Bréfritari: Einar Ásmundsson
Viðtakandi: Jón Borgfirðings Jónsson
Dagsetning: A-1865-01-05
Skrifað á: Nesi  S-Þing.

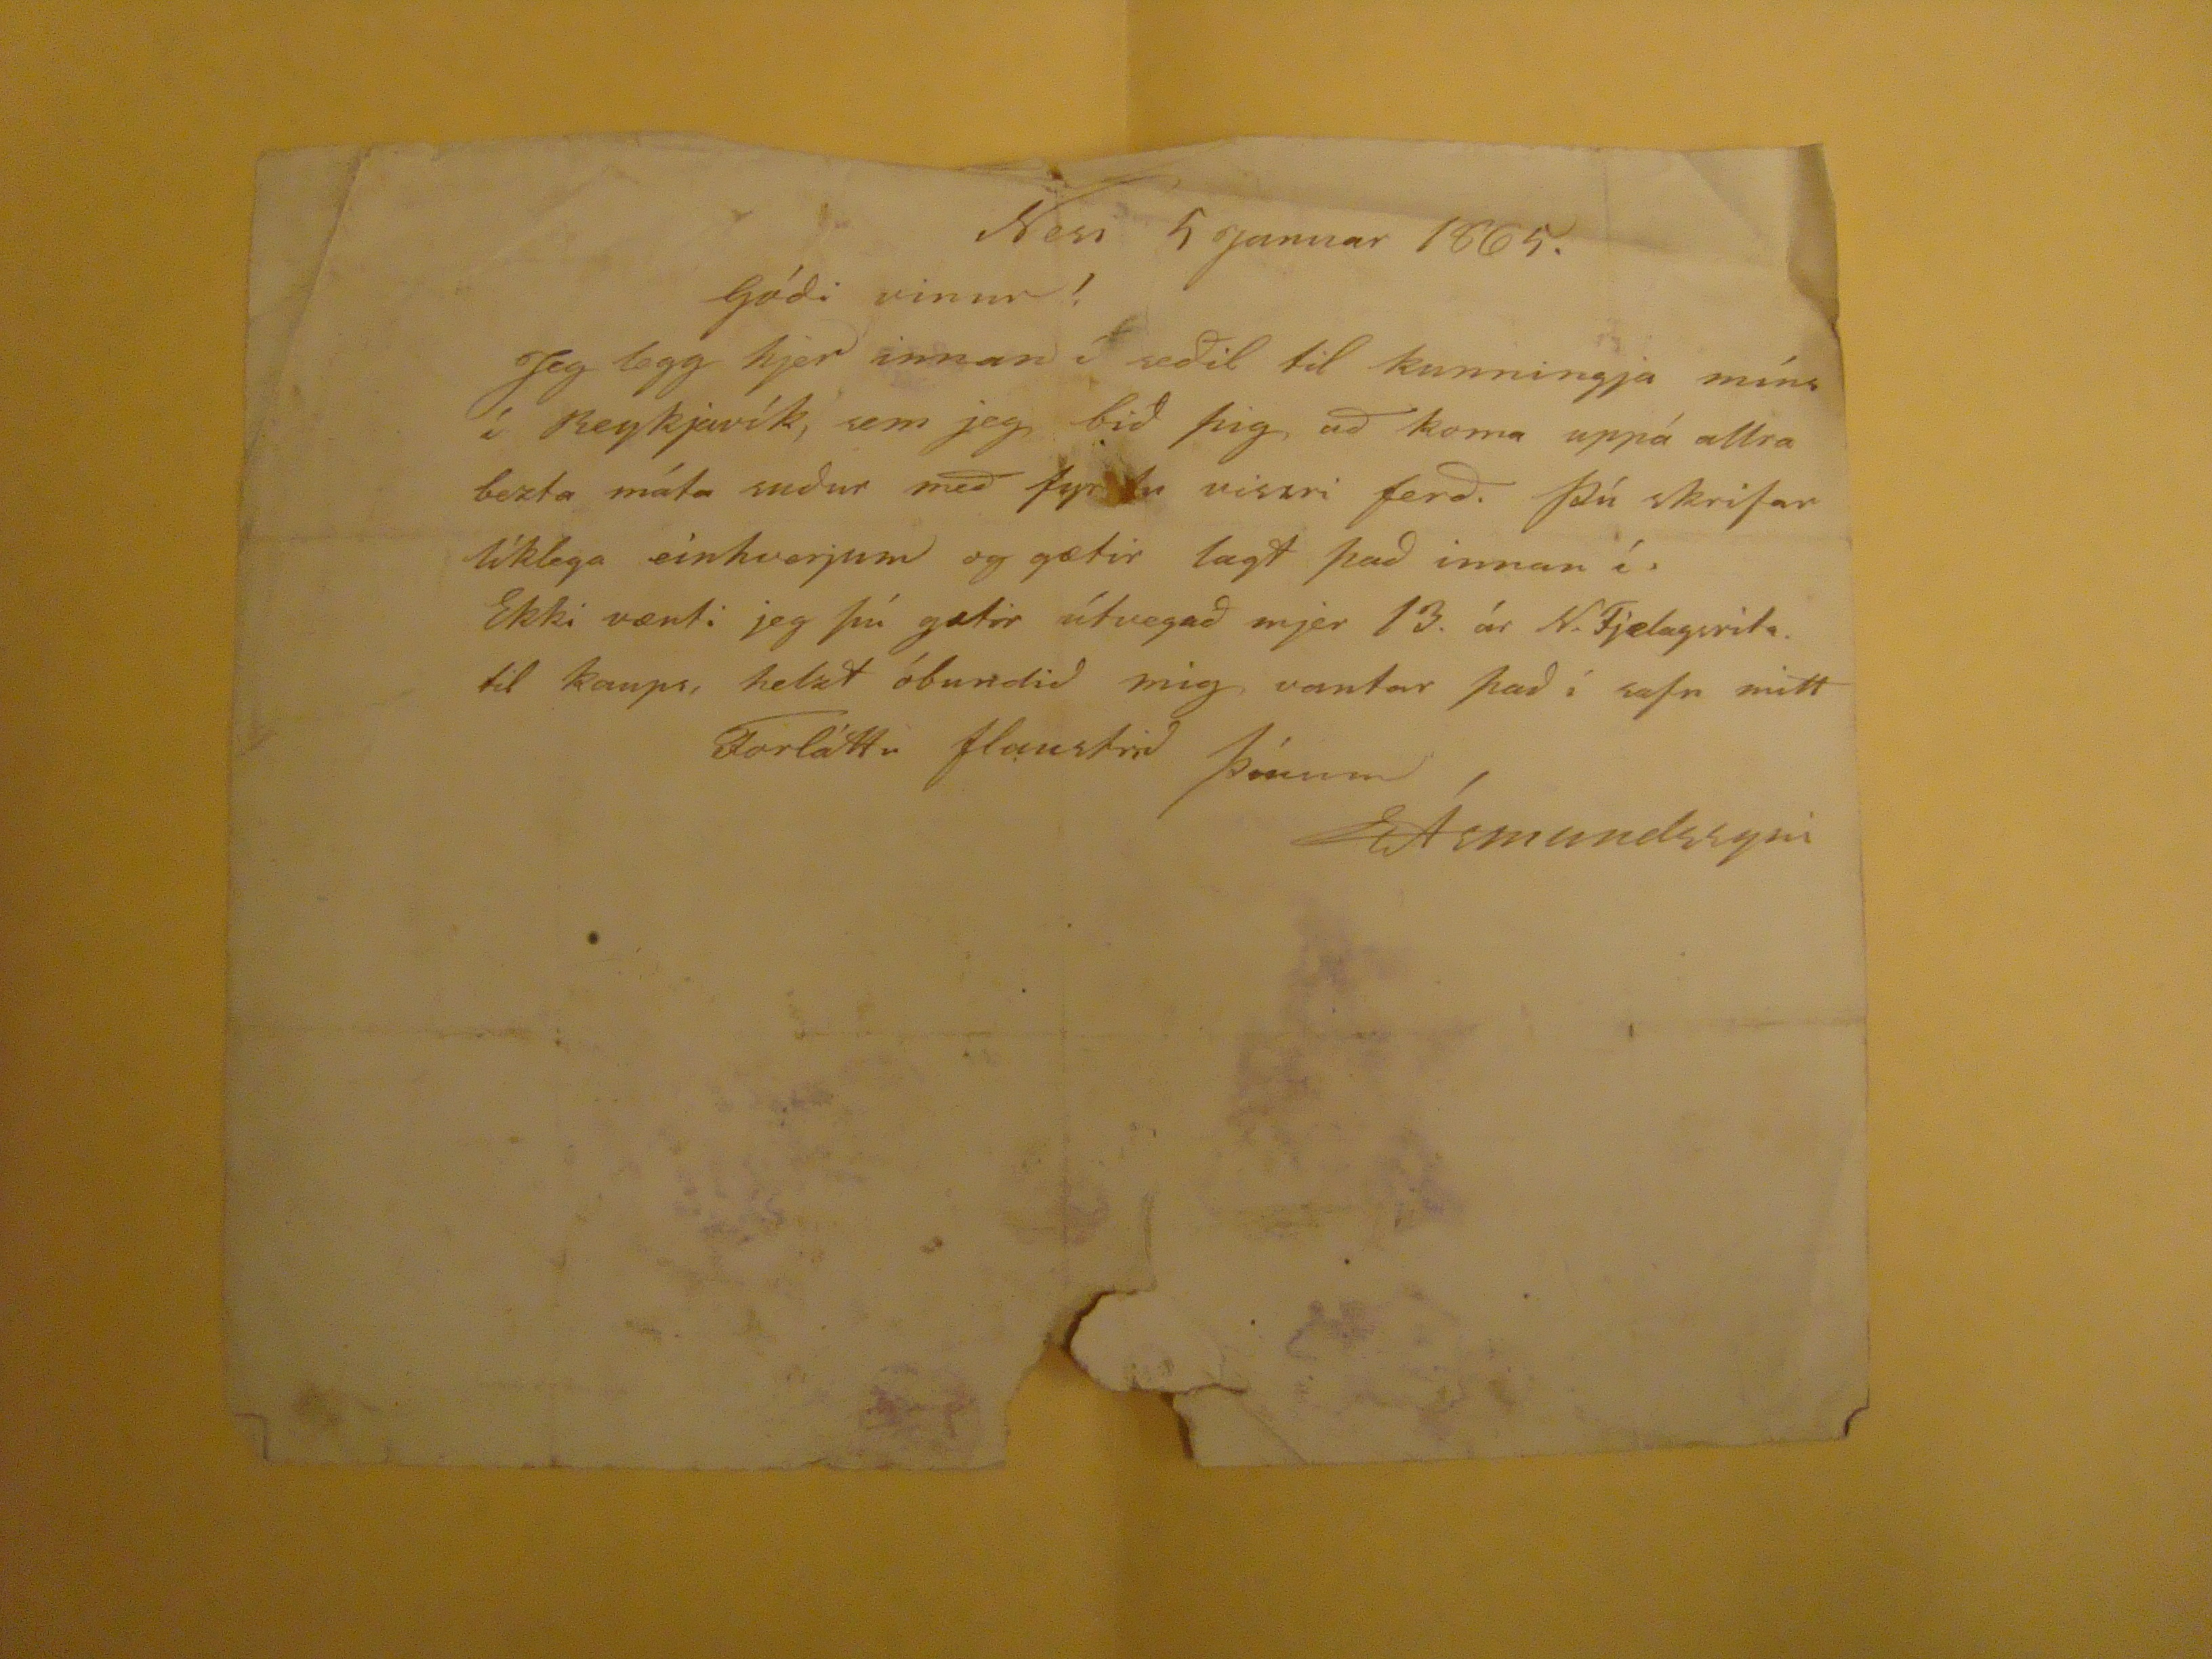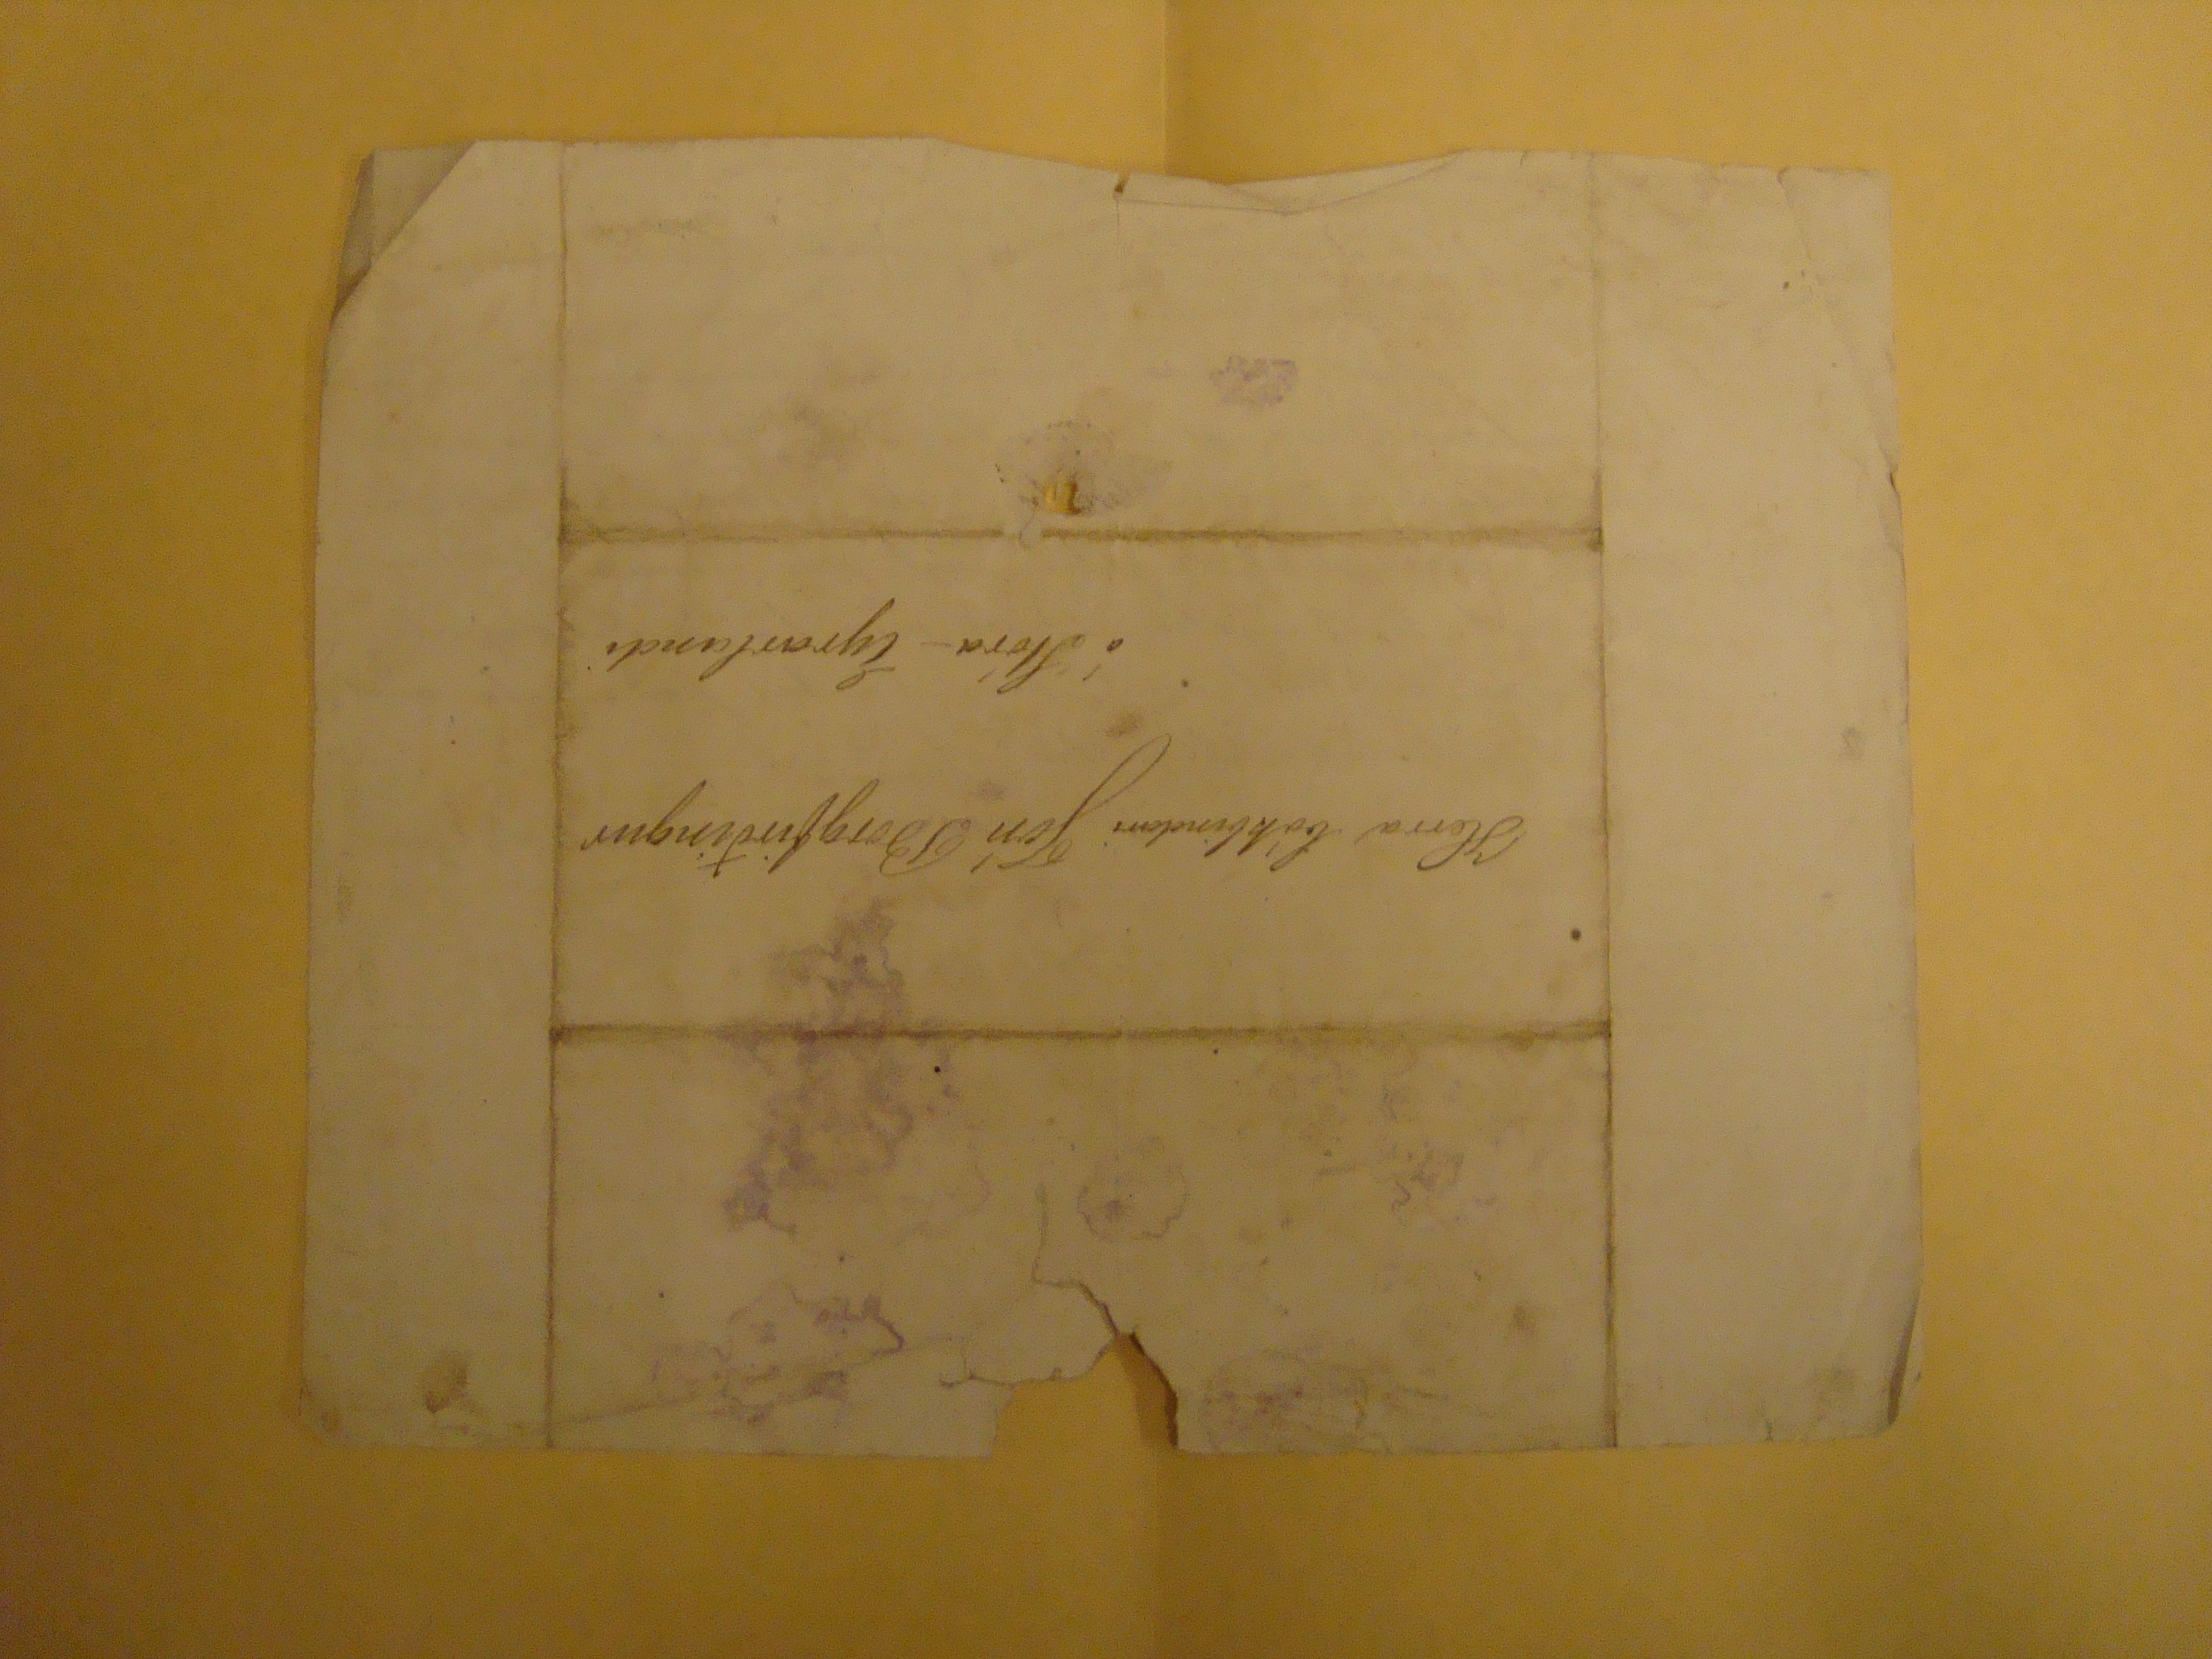

Nesi 10-2-65
Kæri vinur minn!
Nú á jeg til þín mjög stóra bón og þykir mjer mikið undir komið að þú uppfyllir hana bæði
vel
og
nákvæmlega
Bónin er sú að koma innlögðum brjefum á póstinn og borga undir þau fyrir mig í bráðina,- Einu fylgja 16
d
til postins- Tvö brjefin, sem vafið er utanum sjer í lagi bið jeg þig að láta ekki í töskuna, sízt beinlínis. heldur sjá um að annað verði afhent í Reykjavík, en hinu komið
þá
tafarlaust og skilvíslega með gufuskipi
??
Mjer er meir áríðandi en þú
??
heldur að þetta ekki
??????
Bezt þætti mjer þú tækir eptir hvaða númer sett yrði á brjef mín sem í töskuna fara svo mjer yrði auðveldara að gera gangskör eptir þeim ef þau færu að óskilum hjá póstveseninu. - Fyrirgefðu þetta og reynztu mjer eins og optar vel í þessu
þinn einlægur vin
EÁ.
Hallgrímur Þorsteinsson lofar að afhend þjer
héll.
Herra
bókbindari Jon Borgfirðingur
á/Stór Eyrarlandi
Aríðandi Falið til Hallgr. Þorsteinssyni
til afhendingar